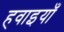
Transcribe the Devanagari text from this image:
हवाइयाँ